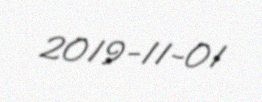
2019-11-01